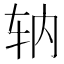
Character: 𫐇